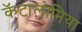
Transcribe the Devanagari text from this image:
कॅटालोनिया